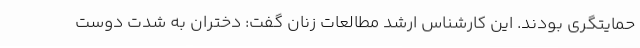
حمایتگری بودند. این کارشناس ارشد مطالعات زنان گفت: دختران به شدت دوست